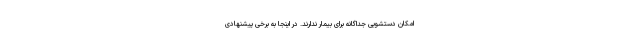
امکان دستشویی جداگانه برای بیمار ندارند. در اینجا به برخی پیشنهادی